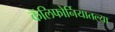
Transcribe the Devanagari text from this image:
कॅलिफोर्नियातल्या